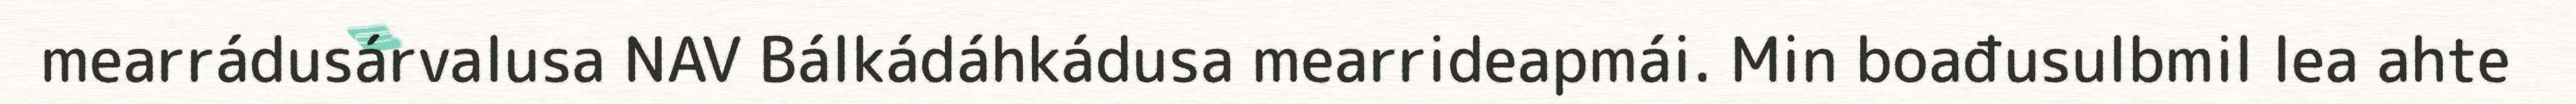
mearrádusárvalusa NAV Bálkádáhkádusa mearrideapmái. Min boađusulbmil lea ahte